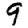
Digit: 9